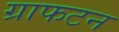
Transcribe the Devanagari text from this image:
ग्राफटन